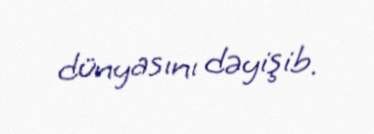
dünyasını dəyişib.